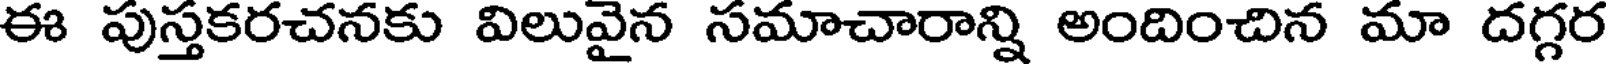
ఈ పుస్తకరచనకు విలువైన సమాచారాన్ని అందించిన మా దగ్గర